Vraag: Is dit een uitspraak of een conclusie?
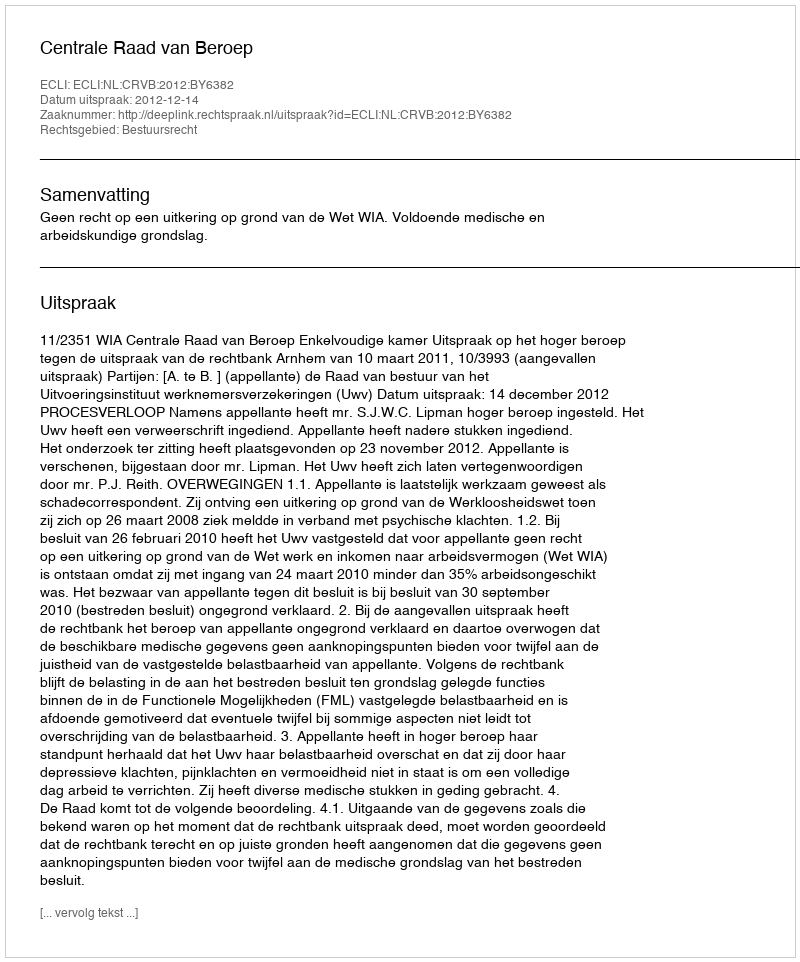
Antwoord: Uitspraak